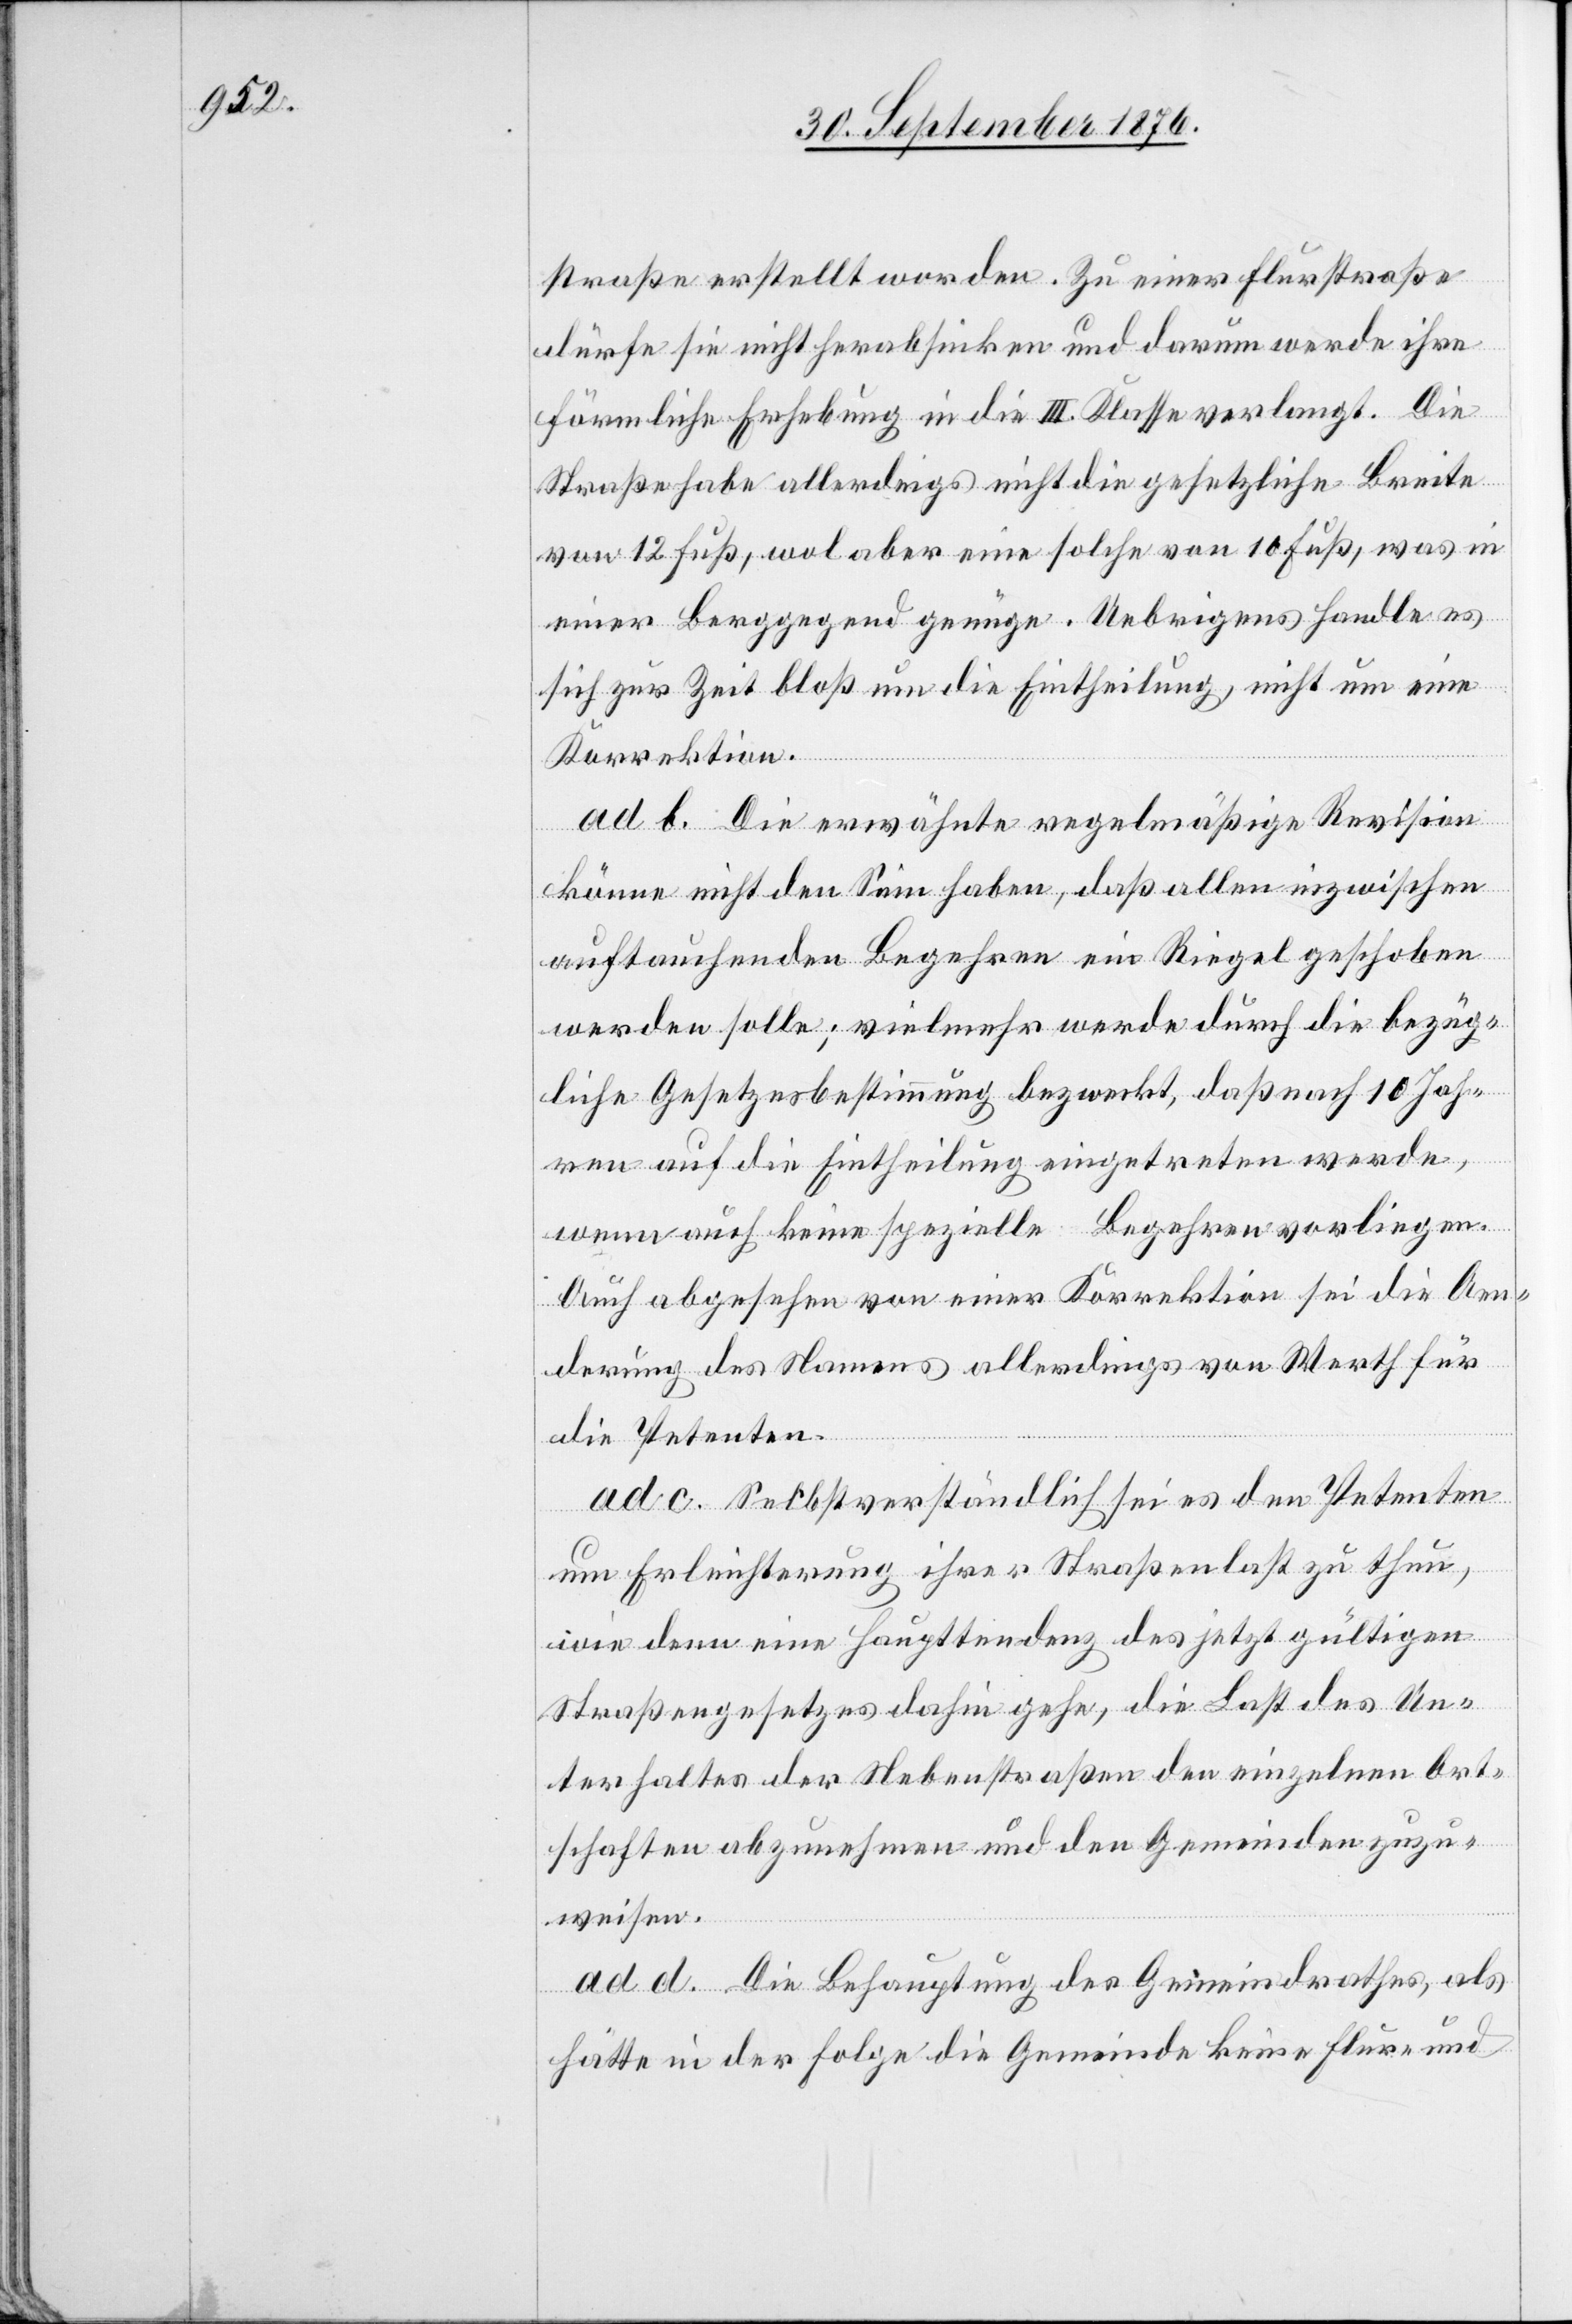
straße erstellt worden. Zu einer Flurstraße
dürfe sie nicht herabsinken und darum werde ihre
förmliche Erhebung in die III. Klasse verlangt. Die
Straße habe allerdings nicht die gesetzliche Breite
von 12 Fuß, wol aber eine solche von 10 Fuß, was in
einer Berggegend genüge. Uebrigens handle es
sich zur Zeit bloß um die Eintheilung, nicht um eine
Korrektion.
ad b. Die erwähnte regelmäßige Revision
könne nicht den Sinn haben, daß allen inzwischen
auftauchenden Begehren ein Riegel geschoben
werden solle; vielmehr werde durch die bezüg¬
liche Gesetzesbestimmung bezwecket, daß nach 10 Jah¬
ren auf die Eintheilung eingetreten werde,
wenn auch keine spezielle Begehren vorliegen.
Auch abgesehen von einer Korrektion sei die Aen¬
derung des Namens allerdings von Werth für
die Petenten.
ad c. Selbstverständlich sei es den Petenten
um Erleichterung ihrer Straßenlast zu thun,
wie denn eine Haupttendenz des jetzt gültigen
Straßengesetzes dahin gehe, die Last des Un¬
terhaltes der Nebenstraßen den einzelnen Ort¬
schaften abzunehmen und den Gemeinden zuzu¬
weisen.
ad. d. Die Behauptung des Gemeindrathes, als
hätte in der Folge die Gemeinde keine Flur- und